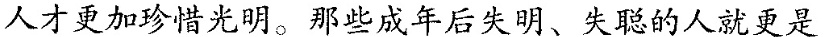
人才更加珍惜光明。那些成年后失明、失聪的人就更是